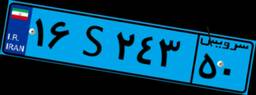
۱۴S۵۱۴۲۵